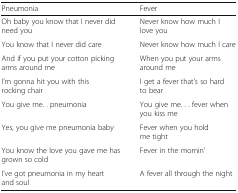
| Pneumonia | Fever |
 | --- | --- |
 | Oh baby you know that I never did need you | Never know how much I love you |
 | You know that I never did care | Never know how much I care |
 | And if you put your cotton picking arms around me | When you put your arms around me |
 | I’m gonna hit you with this rocking chair | I get a fever that’s so hard to bear |
 | You give me. . pneumonia | You give me. . . fever when you kiss me |
 | Yes, you give me pneumonia baby | Fever when you hold me tight |
 | You know the love you gave me has grown so cold | Fever in the mornin’ |
 | I’ve got pneumonia in my heart and soul | A fever all through the night |